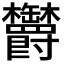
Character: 𣡸